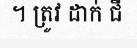
។ ត្រូវ ដាក់ ជី